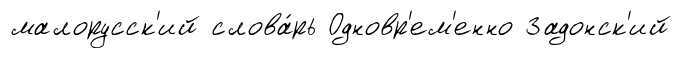
малорусск'ий слова́рь Одновр'ем'енно Задонск'ий